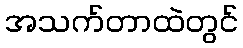
အသက်တာထဲတွင်